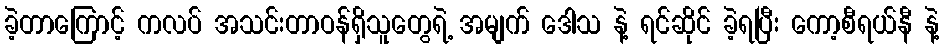
ခဲ့တာကြောင့် ကလပ် အသင်းတာဝန်ရှိသူတွေရဲ့ အမျက် ဒေါသ နဲ့ ရင်ဆိုင် ခဲ့ရပြီး ကော့စီရယ်နီ နဲ့